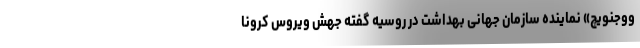
ووجنویچ» نماینده سازمان جهانی بهداشت در روسیه گفته جهش ویروس کرونا